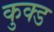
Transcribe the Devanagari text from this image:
कुक्ड